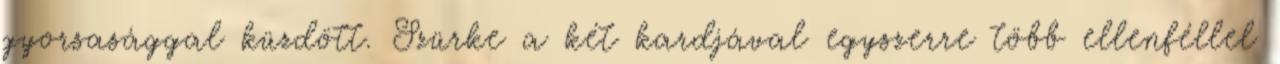
gyorsasággal küzdött. Szürke a két kardjával egyszerre több ellenféllel